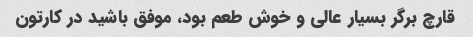
قارچ برگر بسیار عالی و خوش طعم بود، موفق باشید در کارتون